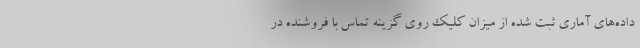
داده‌های آماری ثبت شده از میزان کلیک روی گزینه تماس با فروشنده در